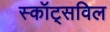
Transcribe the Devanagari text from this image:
स्कॉट्सविल